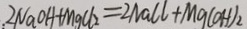
2 N a O H + M g C l _ { 2 } = 2 N a C l + M g ( O H ) _ { 2 }